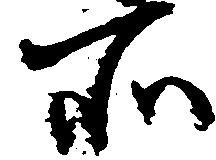
所